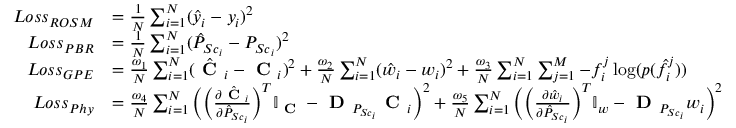
\begin{array} { r l } { L o s s _ { R O S M } } & { = \frac { 1 } { N } \sum _ { i = 1 } ^ { N } ( \hat { y } _ { i } - y _ { i } ) ^ { 2 } } \\ { L o s s _ { P B R } } & { = \frac { 1 } { N } \sum _ { i = 1 } ^ { N } ( \hat { P } _ { { S c } _ { i } } - P _ { { S c } _ { i } } ) ^ { 2 } } \\ { L o s s _ { G P E } } & { = \frac { \omega _ { 1 } } { N } \sum _ { i = 1 } ^ { N } ( \hat { \textbf { C } } _ { i } - \textbf { C } _ { i } ) ^ { 2 } + \frac { \omega _ { 2 } } { N } \sum _ { i = 1 } ^ { N } ( \hat { w } _ { i } - w _ { i } ) ^ { 2 } + \frac { \omega _ { 3 } } { N } \sum _ { i = 1 } ^ { N } \sum _ { j = 1 } ^ { M } - f _ { i } ^ { j } \log ( p ( \hat { f } _ { i } ^ { j } ) ) } \\ { L o s s _ { P h y } } & { = \frac { \omega _ { 4 } } { N } \sum _ { i = 1 } ^ { N } \Big ( \Big ( \frac { \partial \hat { \textbf { C } } _ { i } } { \partial \hat { P } _ { { S c } _ { i } } } \Big ) ^ { T } \mathbb { I } _ { \textbf { C } } - \textbf { D } _ { P _ { { S c } _ { i } } } \textbf { C } _ { i } \Big ) ^ { 2 } + \frac { \omega _ { 5 } } { N } \sum _ { i = 1 } ^ { N } \Big ( \Big ( \frac { \partial \hat { w } _ { i } } { \partial \hat { P } _ { { S c } _ { i } } } \Big ) ^ { T } \mathbb { I } _ { w } - \textbf { D } _ { P _ { { S c } _ { i } } } w _ { i } \Big ) ^ { 2 } } \end{array}